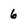
Character: 6